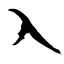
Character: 入